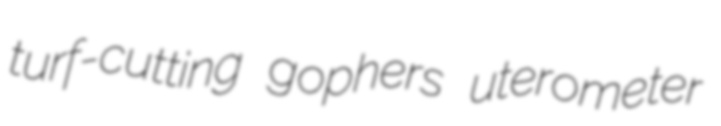
turf-cutting gophers uterometer